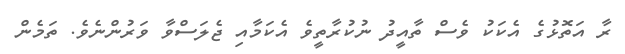
ރާ އަތޮޅުގެ އެކަކު ވެސް ތާއީދު ނުކުރާތީވެ އެކަމާއި ޖެލަސްވާ ވަރުންނެވެ. ތަމެން